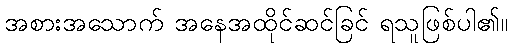
အစားအသောက် အနေအထိုင်ဆင်ခြင် ရသူဖြစ်ပါ၏။